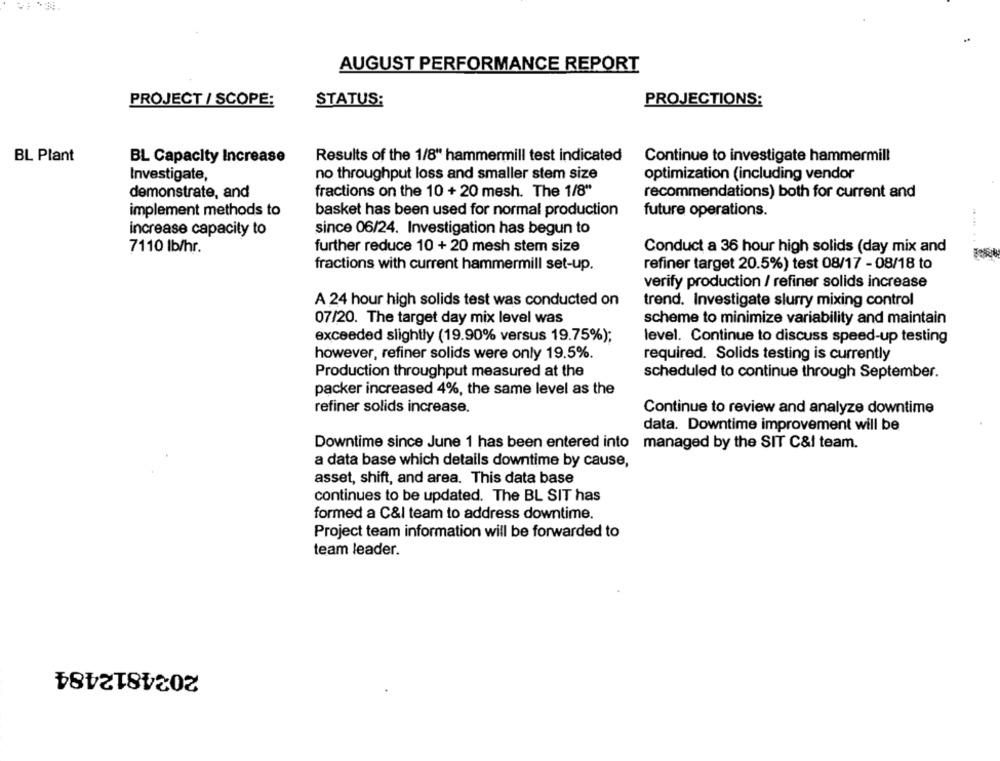
AUGUST PERFORMANCE REPORT
PROJECT / SCOPE:
STATUS:
PROJECTIONS:
BL Plant
BL Capacity Increase
Results of the 1/8" hammermill test indicated
Continue to investigate hammermill
Investigate,
no throughput loss and smaller stem size
optimization (including vendor
demonstrate, and
fractions on the 10 + 20 mesh. The 1/8"
recommendations) both for current and
implement methods to
basket has been used for normal production
future operations.
increase capacity to
since 06/24. Investigation has begun to
7110 lb/hr.
further reduce 10 + 20 mesh stem size
Conduct a 36 hour high solids (day mix and
fractions with current hammermill set-up.
refiner target 20.5%) test 08/17 - 08/18 to
verify production / refiner solids increase
A 24 hour high solids test was conducted on
trend. Investigate slurry mixing control
07/20. The target day mix level was
scheme to minimize variability and maintain
exceeded slightly (19.90% versus 19.75%);
level. Continue to discuss speed-up testing
however, refiner solids were only 19.5%.
required. Solids testing is currently
Production throughput measured at the
scheduled to continue through September.
packer increased 4%, the same level as the
refiner solids increase.
Continue to review and analyze downtime
data. Downtime improvement will be
Downtime since June 1 has been entered into managed by the SIT C&I team.
a data base which details downtime by cause,
asset, shift, and area. This data base
continues to be updated. The BL SIT has
formed a C&I team to address downtime.
Project team information will be forwarded to
team leader.
2024812484